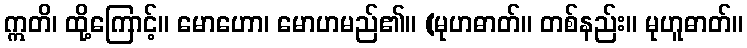
ဣတိ၊ ထို့ကြောင့်။ မောဟော၊ မောဟမည်၏။ (မုဟဓာတ်။ တစ်နည်း။ မုဟူဓာတ်။